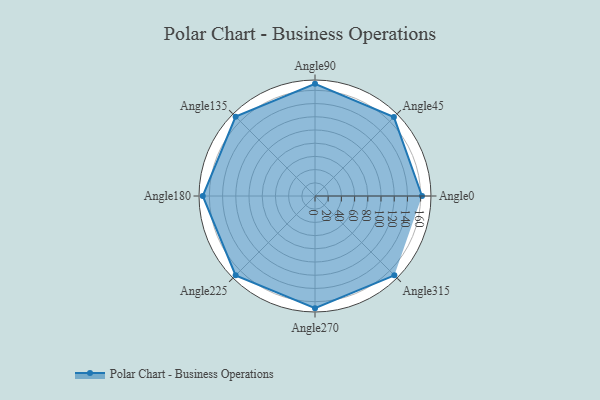
{"axis": {"x": "Angle", "y": "Radius"}, "legend": [""], "data": [{"x": "Angle0", "y": 162.0, "type": ""}, {"x": "Angle45", "y": 169.0, "type": ""}, {"x": "Angle90", "y": 170, "type": ""}, {"x": "Angle135", "y": 170, "type": ""}, {"x": "Angle180", "y": 170, "type": ""}, {"x": "Angle225", "y": 170.0, "type": ""}, {"x": "Angle270", "y": 170, "type": ""}, {"x": "Angle315", "y": 170, "type": ""}]}